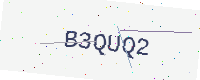
Text: B3QUQ2